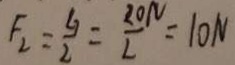
F _ { 2 } = \frac { G } { 2 } = \frac { 2 0 N } { 2 } = 1 0 N